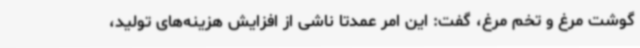
گوشت مرغ و تخم مرغ، گفت: این امر عمدتا ناشی از افزایش هزینه‌های تولید،